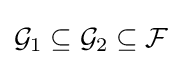
{\mathcal {G}}_{1}\subseteq {\mathcal {G}}_{2}\subseteq {\mathcal {F}}